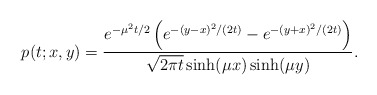
\begin{align*}p(t;x,y)=\frac{e^{-\mu^2t/2}\left(e^{-(y-x)^2/(2t)}-e^{-(y+x)^2/(2t)}\right)}{\sqrt{2\pi t}\sinh(\mu x) \sinh(\mu y)}.\end{align*}